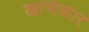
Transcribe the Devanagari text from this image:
खणिकार